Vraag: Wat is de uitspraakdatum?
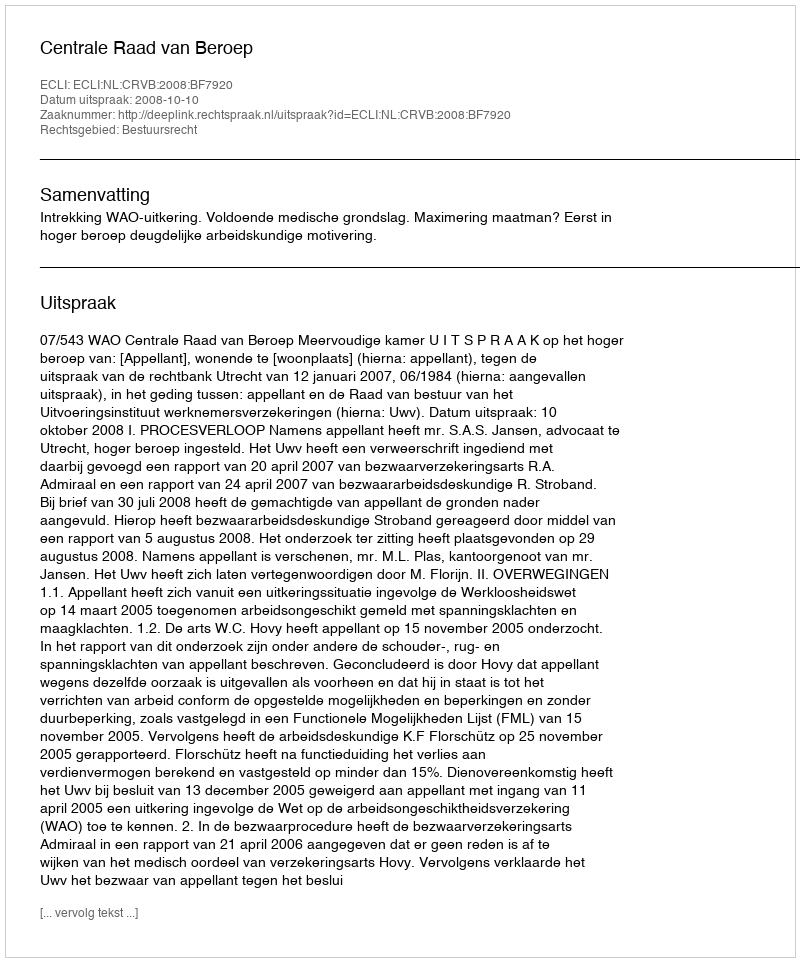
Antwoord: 2008-10-10